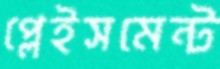
প্লেইসমেন্ট